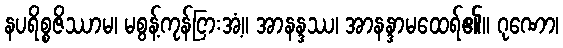
နပရိစ္စဇိဿာမ၊ မစွန့်ကုန်ငြားအံ့။ အာနန္ဒဿ၊ အာနန္ဒာမထေရ်၏။ ဂုဏော၊